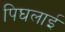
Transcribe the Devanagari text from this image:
पिघलाई